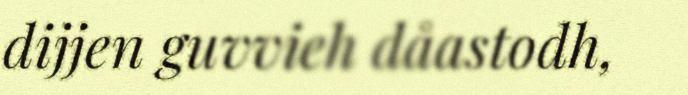
dijjen guvvieh dåastodh,